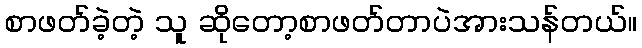
စာဖတ်ခဲ့တဲ့ သူ ဆိုတော့စာဖတ်တာပဲအားသန်တယ်။